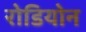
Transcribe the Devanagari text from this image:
रोडियोन